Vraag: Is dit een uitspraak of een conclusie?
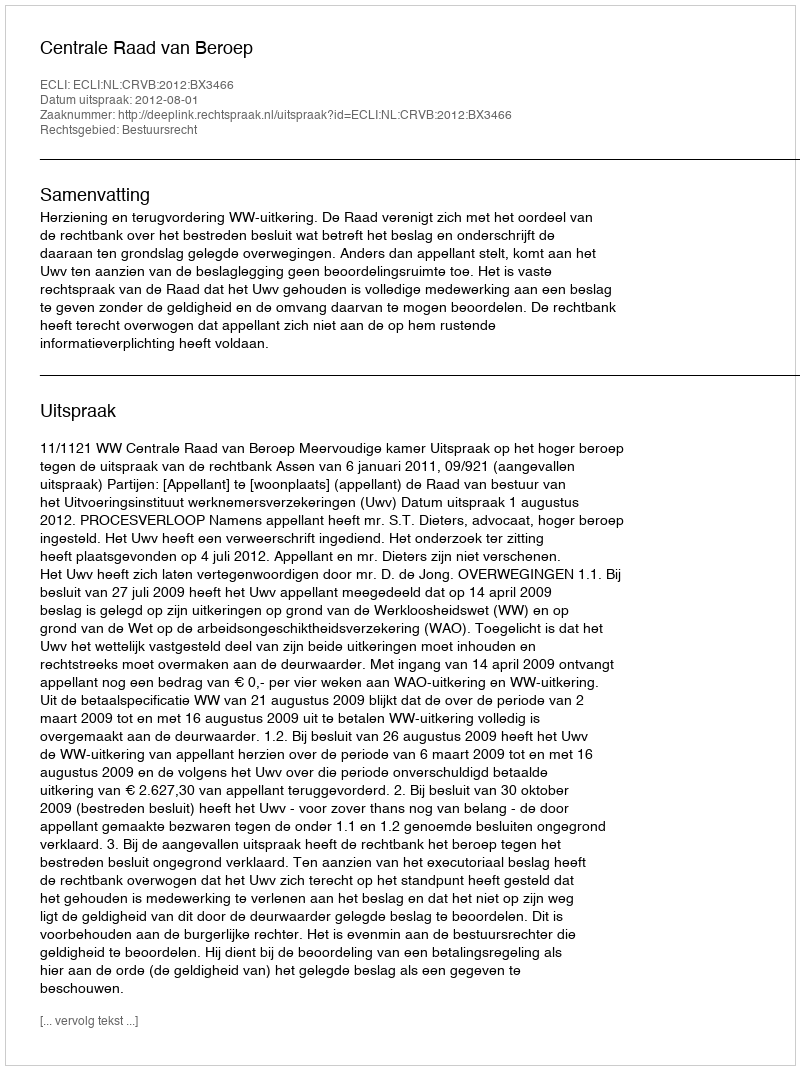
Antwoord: Uitspraak